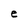
Character: e